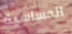
الحساسية